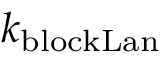
k _ { \mathrm { b l o c k L a n } }